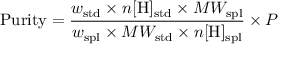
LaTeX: \mathrm { P u r i t y } = { \frac { w _ { \mathrm { s t d } } \times n [ \mathrm { H } ] _ { \mathrm { s t d } } \times M W _ { \mathrm { s p l } } } { w _ { \mathrm { s p l } } \times M W _ { \mathrm { s t d } } \times n [ \mathrm { H } ] _ { \mathrm { s p l } } } } \times P